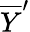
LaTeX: {\overline{{Y}}}^{\prime}